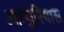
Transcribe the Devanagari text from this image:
आम्पुरियास